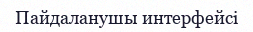
Пайдаланушы интерфейсі